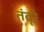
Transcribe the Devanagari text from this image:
तंदूरे